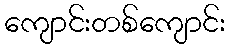
ကျောင်းတစ်ကျောင်း